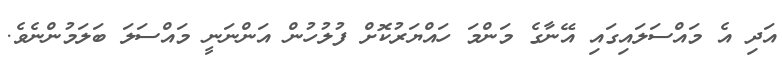
އަދި އެ މައްސަލައިގައި އޭނާގެ މަންމަ ހައްޔަރުކޮށް ފުލުހުން އަންނަނީ މައްސަލަ ބަލަމުންނެވެ.